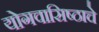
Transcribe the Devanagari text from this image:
योगवासिष्ठाचे